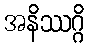
အနိဿဂ္ဂိ